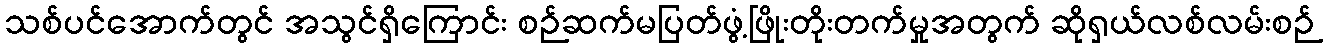
သစ်ပင်အောက်တွင် အသွင်ရှိကြောင်း စဉ်ဆက်မပြတ်ဖွံ့ဖြိုးတိုးတက်မှုအတွက် ဆိုရှယ်လစ်လမ်းစဉ်